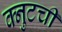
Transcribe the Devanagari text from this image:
क्नुटची